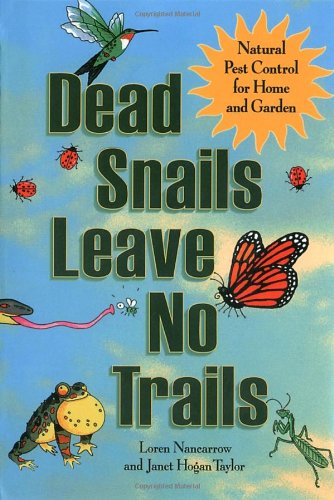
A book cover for Dead Snails Leave No Trails: Natural Pest Control for Home and Garden; Loren Nancarrow; Crafts, Hobbies & Home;